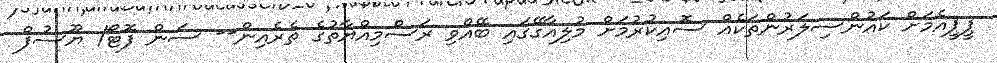
ޕީޕީއެމަށް ކައުންސިލަރުންތަކެއް ސޮއިކުރުމަށް މުލިއާގޭގައި ބޭއްވި ރަސްމިއްޔާތުގެ ތެރެއިން-- ސަން ފޮޓޯ/ ޔޫސުފް